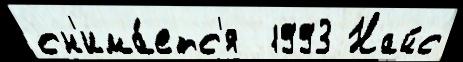
сн'има́етс'я  1993 Найс